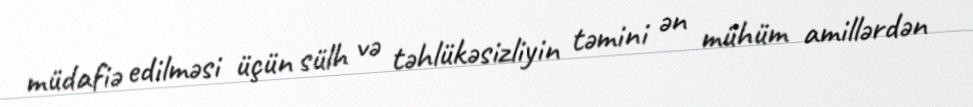
müdafiə edilməsi üçün sülh və təhlükəsizliyin təmini ən mühüm amillərdən